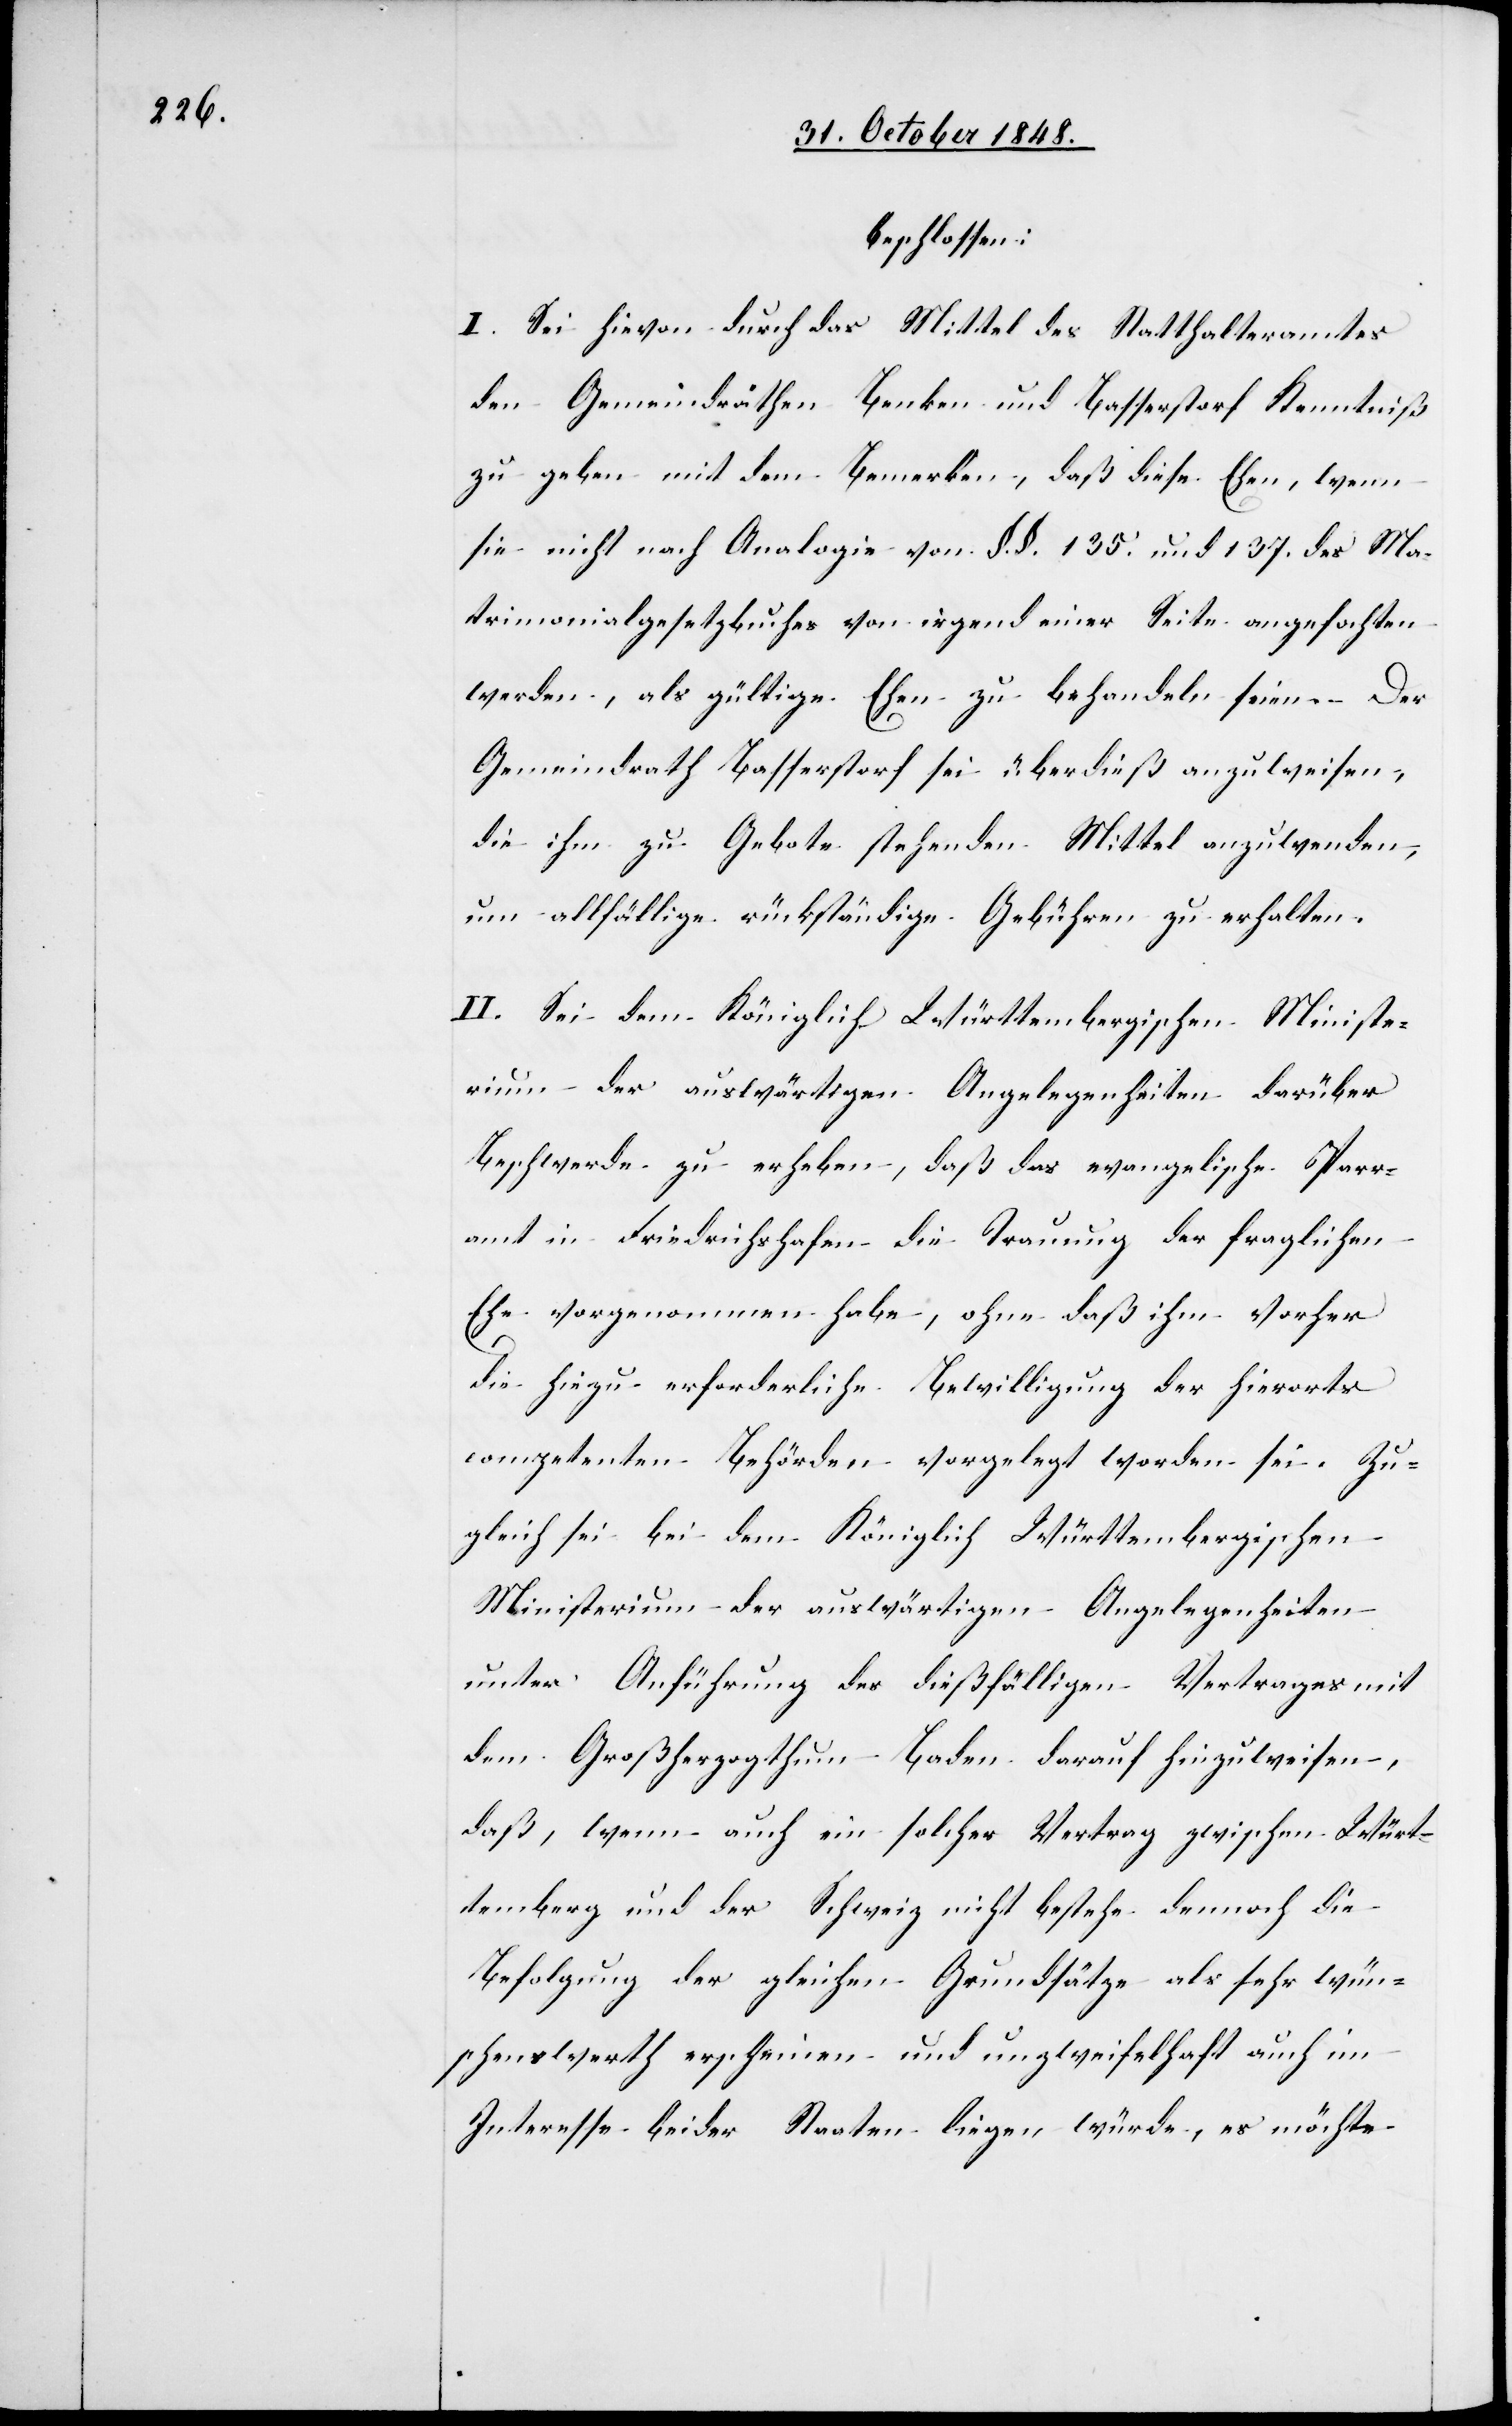
beschlossen:
I. Sei hievon durch das Mittel des Statthalteramtes
den Gemeindräthen Benken und Basserstorf Kenntniß
zu geben mit dem Bemerken, daß diese Ehen, wenn
sie nicht nach Analogie von §. §. 135. und 137. des Ma¬
trimonialgesetzbuches von irgend einer Seite angefochten
werden, als gültige Ehen zu behandeln seien. Der
Gemeindrath Basserstorf sei überdieß anzuweisen,
die ihm zu Gebote stehenden Mittel anzuwenden,
um allfällige rückständige Gebühren zu erhalten.
II. Sei dem Königlich Württembergischen Ministe¬
rium der auswärtigen Angelegenheiten darüber
Beschwerden zu erheben, daß das evangelische P[f]arr¬
amt in Friedrichshafen die Trauung der fraglichen
Ehe vorgenommen habe, ohne daß ihm vorher
die hiezu erforderliche Bewilligung der hierorts
competenten Behörden vorgelegt worden sei. Zu¬
gleich sei bei dem Königlich Württembergischen
Ministerium der auswärtigen Angelegenheiten
unter Anführung des dießfälligen Vertrages mit
dem Großherzogthum Baden darauf hinzuweisen,
daß, wenn auch ein solcher Vertrag zwischen Würt¬
temberg und der Schweiz nicht bestehe dennoch die
Befolgung der gleichen Grundsätze als sehr wün¬
schenswerth erscheinen und unzweifelhaft auch im
Interesse beider Staaten liegen würde, es möchte